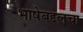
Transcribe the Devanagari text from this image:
भाषेबद्दलचा